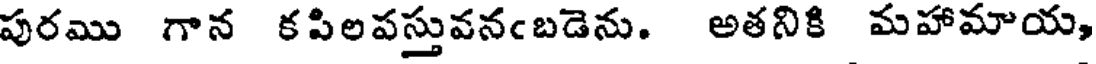
పురము గాన కపిలపస్తువనంబడెను. అతనికి మహామాయ,